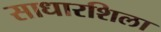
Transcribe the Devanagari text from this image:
साधारशिला